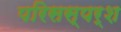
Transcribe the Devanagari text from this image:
परिसस्पर्श